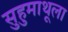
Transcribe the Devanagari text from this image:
सुहुमाथूला